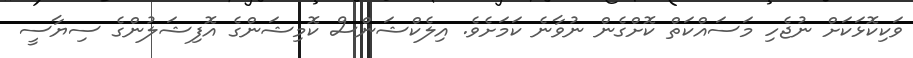
ވަކިކޮޅަކަށް ނުޖެހި މަސައްކަތް ކޮށްގެން ނުވާނެ ކަމަށެވެ. އިލެކްޝަންސް ކޮމިޝަންގެ އޮފިޝަލުންގެ ސިޔާސީ